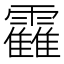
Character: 靃